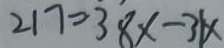
2 1 7 = 3 8 x - 3 1 x